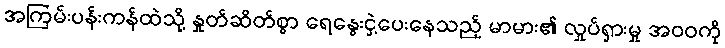
အကြမ်းပန်းကန်ထဲသို့ နှုတ်ဆိတ်စွာ ရေနွေးငှဲ့ပေးနေသည့် မာမား၏ လှုပ်ရှားမှု အဝဝကို